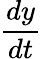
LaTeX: \frac{dy}{dt}